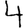
Digit: 4